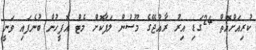
ކުރިއަށްއޮތް 24ގަޑި އިރު ރާއްޖޭގެ މޫސުން ލަފާކޮށް މެޓް އޮފީހުން ބުނެފައި ވަނީ